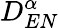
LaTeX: D_{EN}^{\alpha}